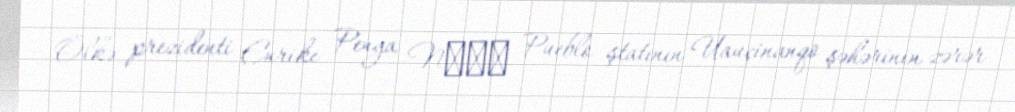
Ölkə prezidenti Enrike Penya Nето Pueblo ştatının Uauçinanqo şəhərinin zərər